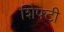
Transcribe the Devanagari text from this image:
शिफ्टी